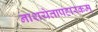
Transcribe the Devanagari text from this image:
नाशयेत्तापहारकम्